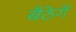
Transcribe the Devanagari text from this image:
बैठेगें